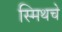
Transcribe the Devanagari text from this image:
स्मिथचे